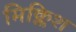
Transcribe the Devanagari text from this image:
मिक्लिश